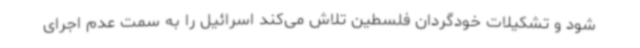
شود و تشکیلات خودگردان فلسطین تلاش می‌کند اسرائیل را به سمت عدم اجرای